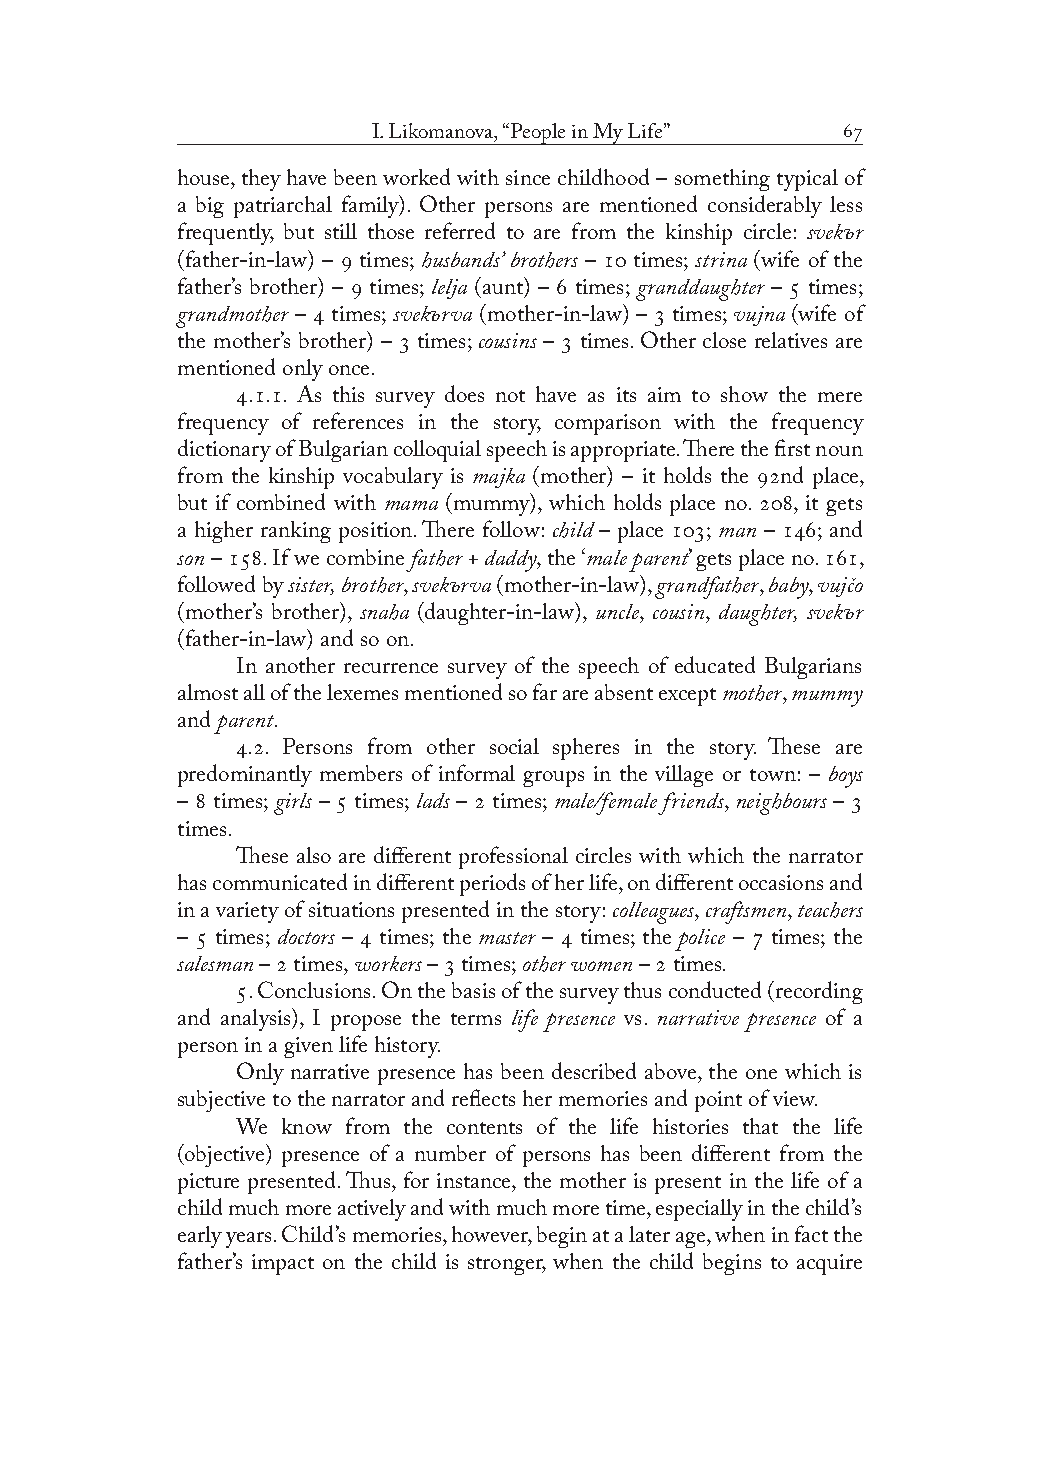
I. Likomanova, “People in My Life” 
 house, they have been worked with since childhood – something typical of
 a big patriarchal family). Other persons are mentioned considerably less
 ъ
 frequently, but still those referred to are from the kinship circle: svek r
 (father-in-law) –  times; husbands’ brothers –  times; strina (wife of the
 father’s brother) –  times; lelja (aunt) –  times; granddaughter –  times;
 ъ
 grandmother –  times; svek rva (mother-in-law) –  times; vujna (wife of
 the mother’s brother) –  times; cousins –  times. Other close relatives are
 mentioned only once.
 ... As this survey does not have as its aim to show the mere
 frequency of references in the story, comparison with the frequency
 dictionary of Bulgarian colloquial speech is appropriate. There the first noun
 from the kinship vocabulary is majka (mother) – it holds the nd place,
 but if combined with mama (mummy), which holds place no. , it gets
 a higher ranking position. There follow: child – place ; man – ; and
 son – . If we combine father + daddy, the ‘male parent’ gets place no. ,
 ъ
 followed by sister, brother, svek rva (mother-in-law), grandfather, baby, vujčo
 ъ
 (mother’s brother), snaha (daughter-in-law), uncle, cousin, daughter, svek r
 (father-in-law) and so on.
 In another recurrence survey of the speech of educated Bulgarians
 almost all of the lexemes mentioned so far are absent except mother, mummy
 and parent.
 .. Persons from other social spheres in the story. These are
 predominantly members of informal groups in the village or town: – boys
 –  times; girls –  times; lads –  times; male/female friends, neighbours – 
 times.
 These also are different professional circles with which the narrator
 has communicated in different periods of her life, on different occasions and
 in a variety of situations presented in the story: colleagues, craftsmen, teachers
 –  times; doctors –  times; the master –  times; the police –  times; the
 salesman –  times, workers –  times; other women –  times.
 . Conclusions. On the basis of the survey thus conducted (recording
 and analysis), I propose the terms life presence vs. narrative presence of a
 person in a given life history.
 Only narrative presence has been described above, the one which is
 subjective to the narrator and reflects her memories and point of view.
 We know from the contents of the life histories that the life
 (objective) presence of a number of persons has been different from the
 picture presented. Thus, for instance, the mother is present in the life of a
 child much more actively and with much more time, especially in the child’s
 early years. Child’s memories, however, begin at a later age, when in fact the
 father’s impact on the child is stronger, when the child begins to acquire